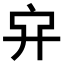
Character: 𠂂